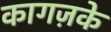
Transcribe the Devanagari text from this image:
कागज़के